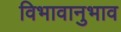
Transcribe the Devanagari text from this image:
विभावानुभाव